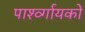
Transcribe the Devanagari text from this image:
पार्श्व्गायकों